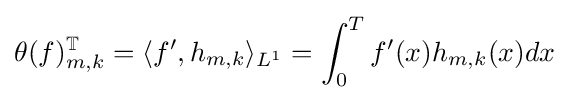
\theta (f)_{m,k}^{\mathbb {T} }=\langle f',h_{m,k}\rangle _{L^{1}}=\int _{0}^{T}f'(x)h_{m,k}(x)dx